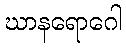
ဃာနရောဂေါ